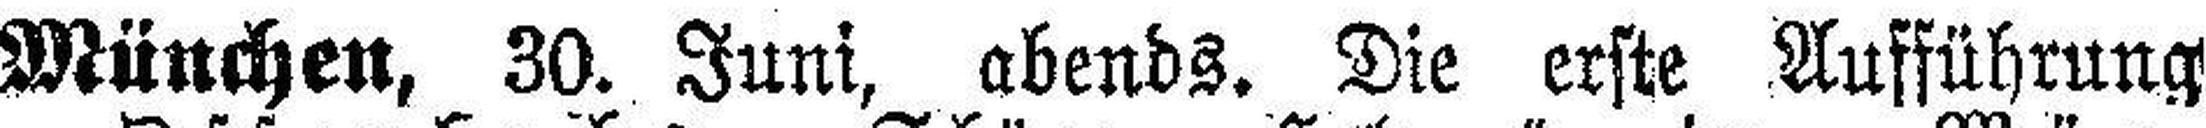
München, 30. Juni, abends. Die erste Aufführung